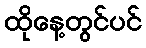
ထိုနေ့တွင်ပင်